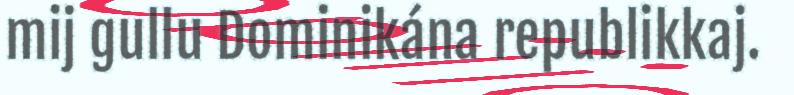
mij gullu Dominikána republikkaj.